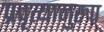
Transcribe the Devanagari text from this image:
प्रवृत्यानुरुप